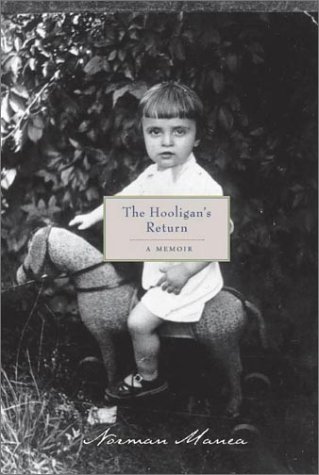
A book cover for The Hooligan's Return: A Memoir; Norman Manea; Travel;